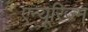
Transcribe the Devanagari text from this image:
एन्यूरिज़्म